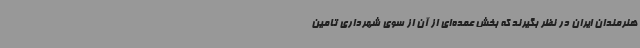
هنرمندان ایران در نظر بگیرند که بخش عمده‌ای از آن از سوی شهرداری تامین